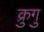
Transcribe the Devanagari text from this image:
क्रुगु